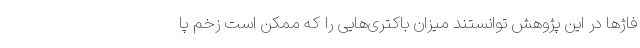
فاژها در این پژوهش توانستند میزان باکتری‌هایی را که ممکن است زخم پا